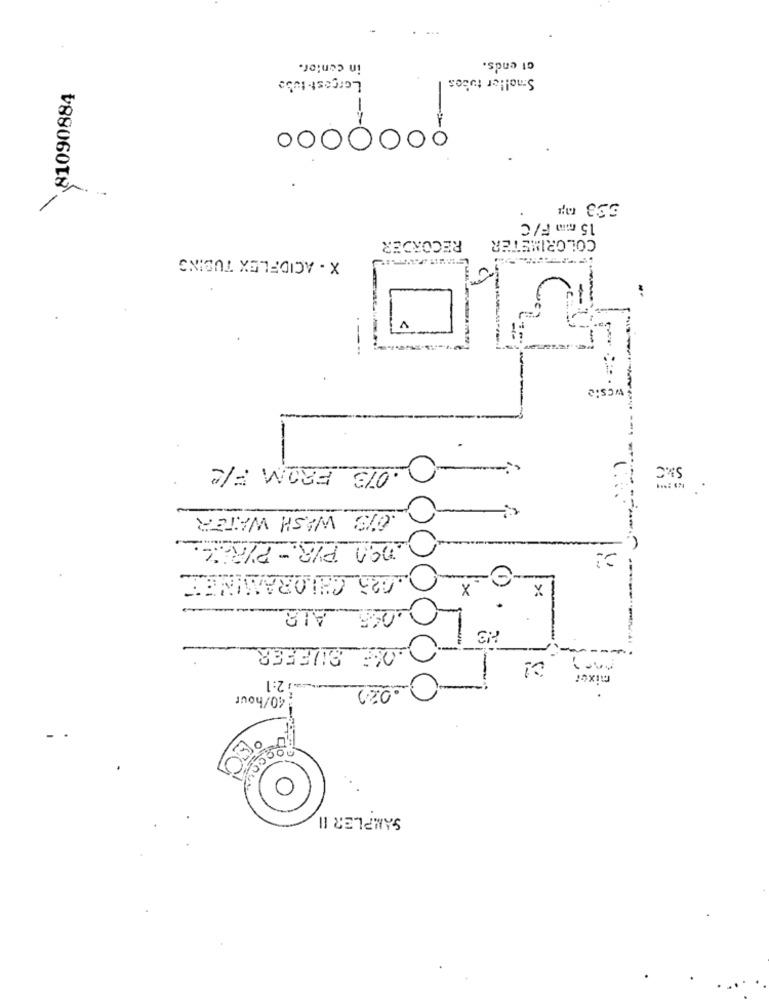
ci ends.
in contor.
Largest-tube
Smaller tubes
¥81090884
.... ooo
533 m;
15 mm F/ C
COLORIMETER
RECORDER
X - ACIDFLEX TUBING
wcsic
.073 FROM F/2
SKC
079 WASH WATER
Den_PYR. - PYRAZ.
023 CHLORAMINEE
X
X
----
055 ALB
23
O_BUFFER
-
01
-12:1
mixer
.0.22
-40/hour
00
SAMPLER II